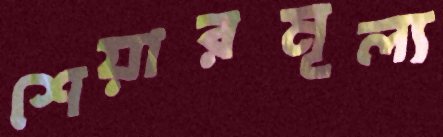
শেয়ারমূল্য